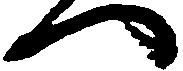
へ